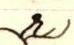
\r)